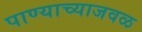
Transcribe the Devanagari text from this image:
पाण्याच्याजवळ